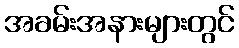
အခမ်းအနားများတွင်